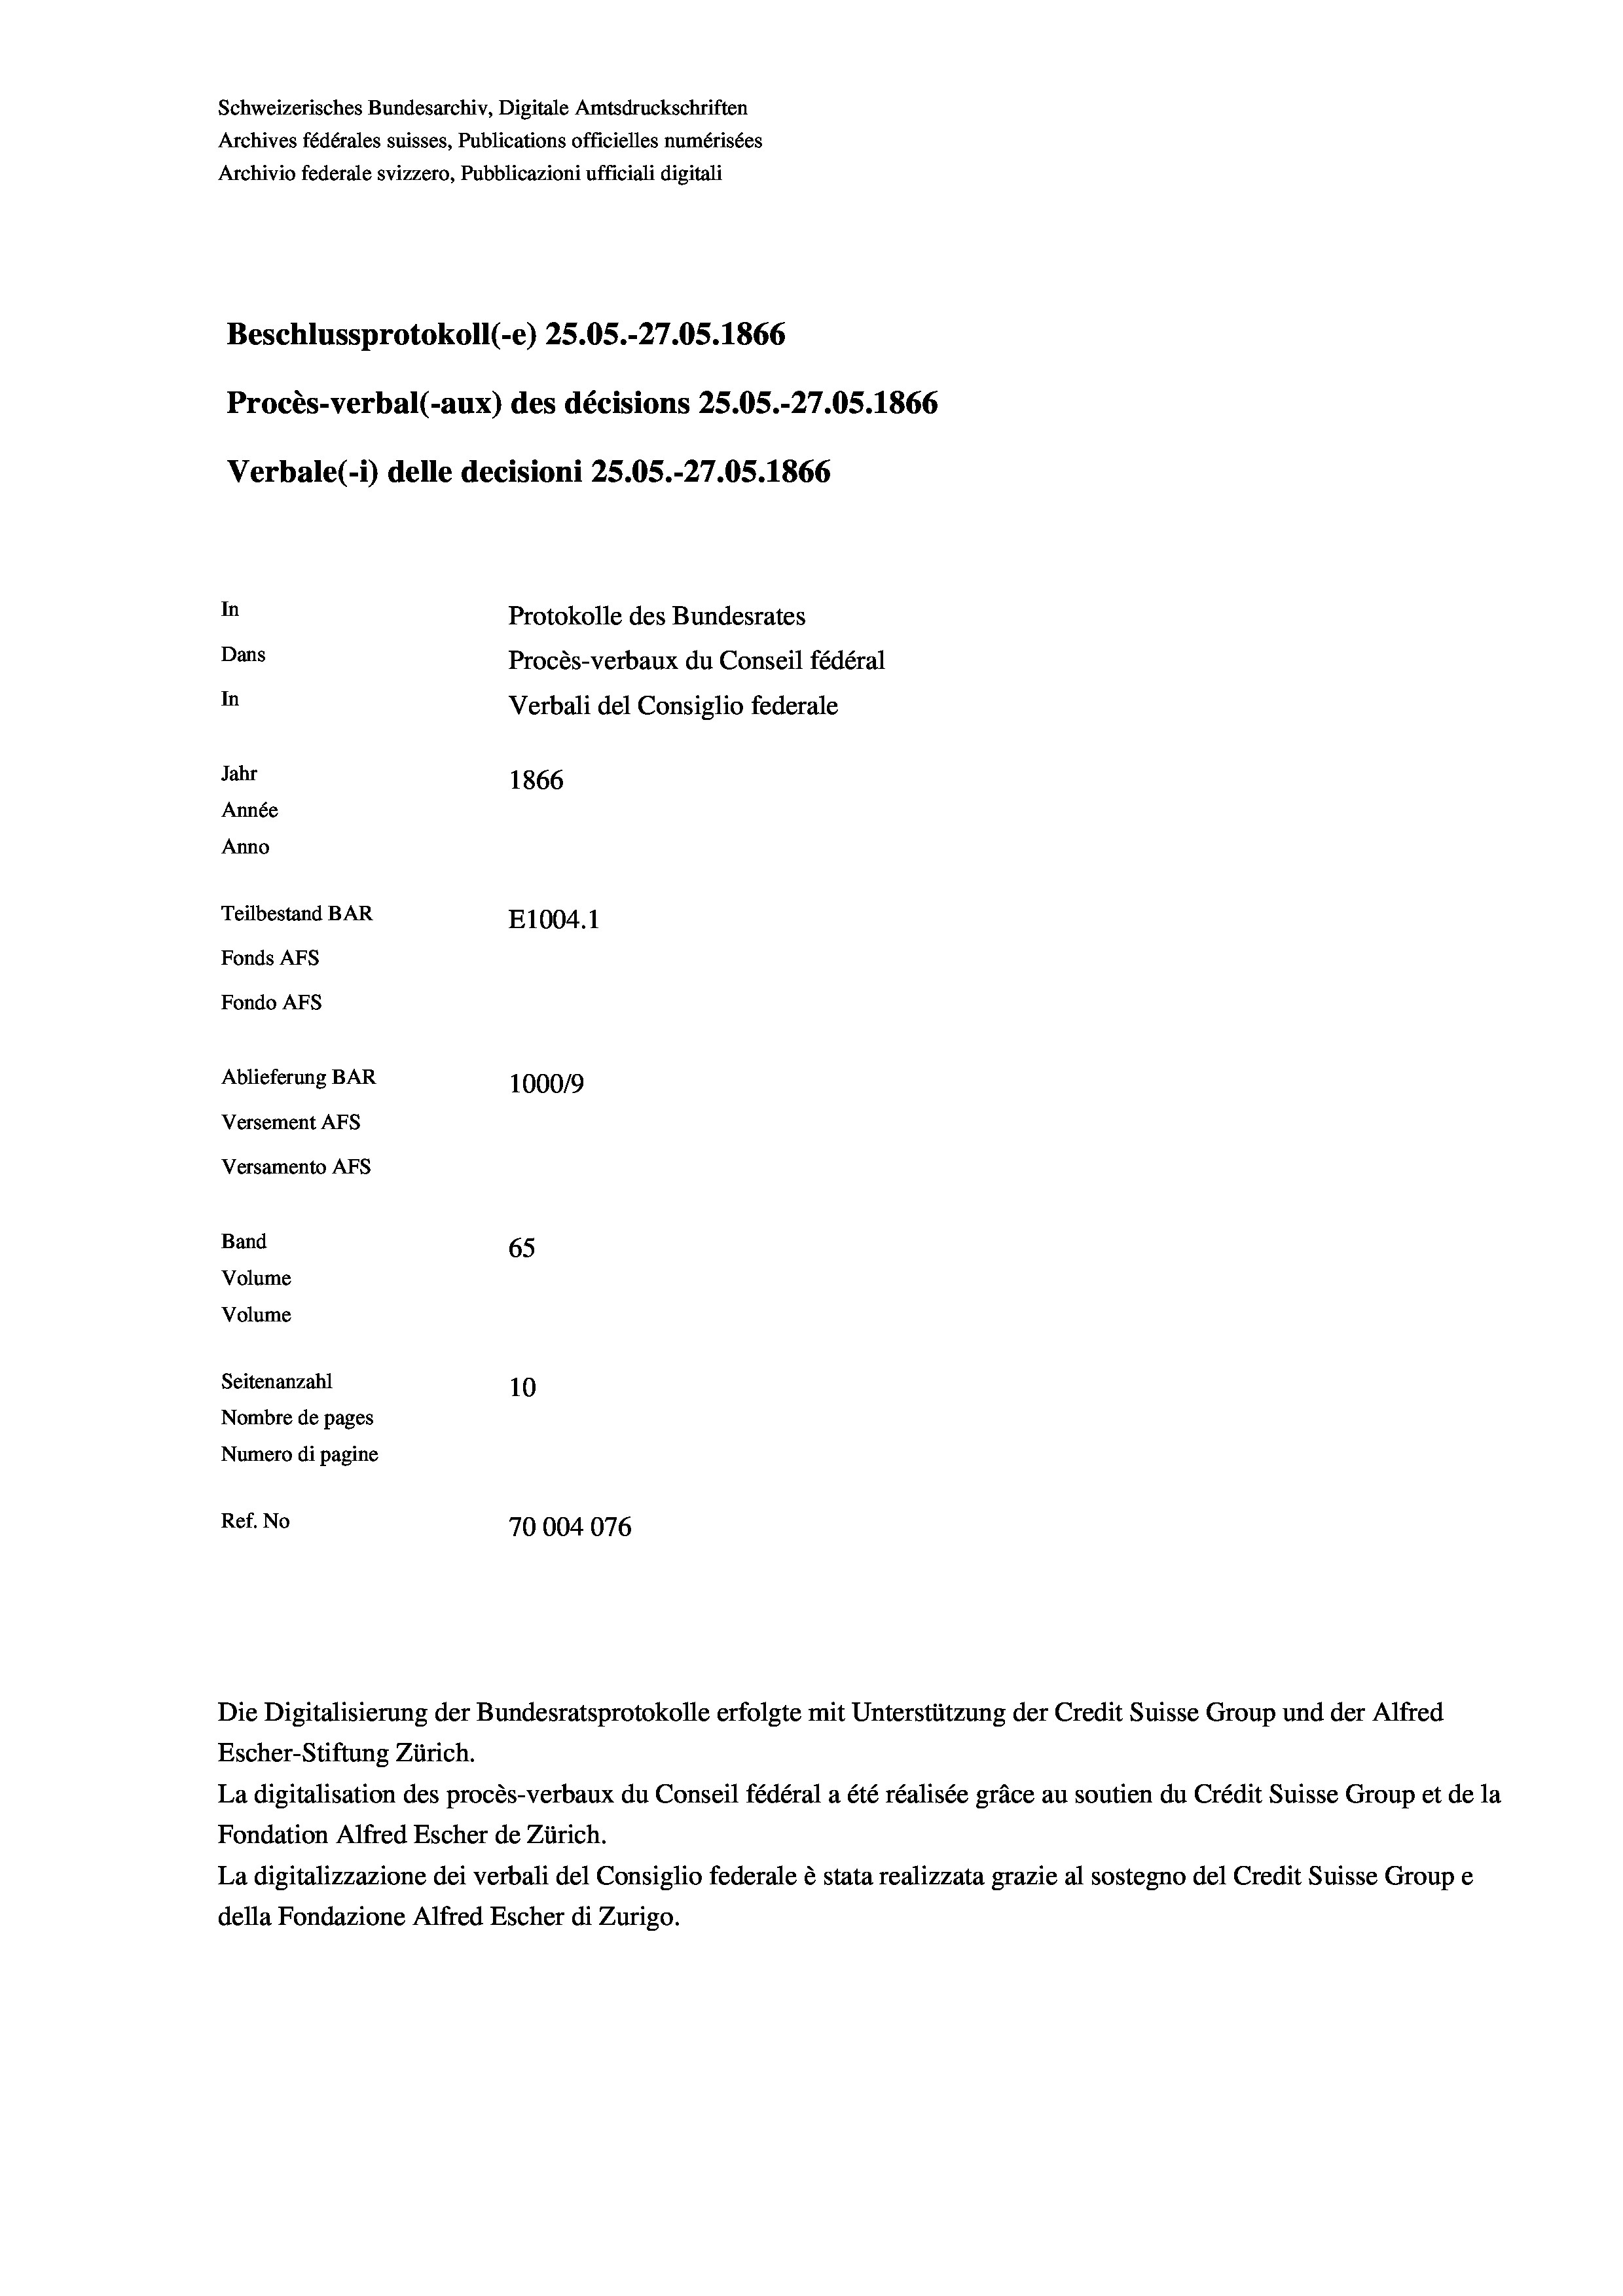
Schweizerisches Bundesarchiv, Digitale Amtsdruckschriften
Archives fédérales suisses, Publications officielles numérisées
Archivio federale svizzero, Pubblicazioni ufficiali digitali
Beschlussprotokoll (-e) 25.05.-27.05. 1866
Procès-verbal (-aux) des décisions 25.05.-27.05. 1866
Verbale (- 1) delle decisioni 25.05.-27.05. 1866
In
Protokolle des Bundesrates
Dans
Procès-verbaux du Conseil fédéral
In
Verbali del Consiglio federale
Jahr
1866
Année
Anno
Teilbestand BAR
E1004.1
Fonds AFs
Fondo Afs
Ablieferung BAR
100019
Versement AFs
Versamento AFs
Band
65
Volume
Volume
Seitenanzahl
10

Nombre de pages
Numero di pagine
Ref. No
70004076

Escher-Stiftung Zürich.
La digitalisation des procès-verbaux du Conseil fédéral a été réalisée gräce au soutien du Crédit Suisse Group et de la
Fondation Alfred Escher de Zürich.
La digitalizzazione dei verbali del Consiglio federale è stata realizzata grazie al sostegno del Credit Suisse Groupe
della Fondazione Alfred Escher di Zurigo.

Die Digitalisierung der Bundesratsprotokolle erfolgte mit Unterstützung der Credit Suisse Group und der Alfred